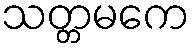
သတ္တမကေ